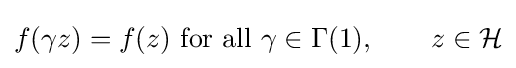
f(\gamma z)=f(z){\text{ for all }}\gamma \in \Gamma (1),\qquad z\in {\mathcal {H}}